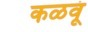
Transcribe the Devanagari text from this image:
कळवूं